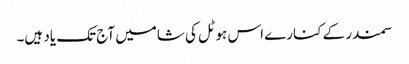
سمندر کے کنارے اس ہوٹل کی شامیں آج تک یاد ہیں۔